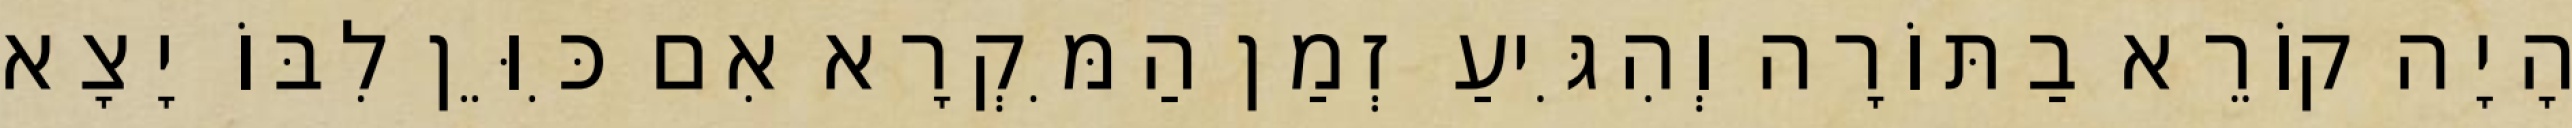
הָיָה קוֹרֵא בַתּוֹרָה וְהִגִּיעַ זְמַן הַמִּקְרָא אִם כִּוֵּן לִבּוֹ יָצָא